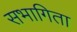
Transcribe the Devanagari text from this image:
सभागिता